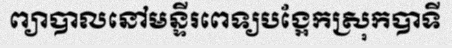
ព្យាបាលនៅមន្ទីរពេទ្យបង្អែកស្រុកបាទី